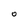
Character: 0